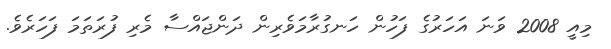
މިއީ 2008 ވަނަ އަހަރުގެ ފަހުން ހަނގުރާމަވެރިން ދަންޖައްސާ މެރި ފުރަތަމަ ފަހަރެވެ.